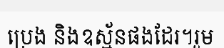
ប្រេង និងឧស្ម័នផងដែរ។រួម